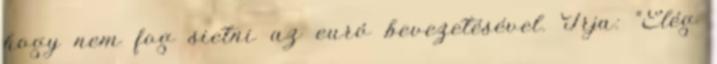
hogy nem fog sietni az euró bevezetésével. Írja: “Elég